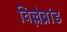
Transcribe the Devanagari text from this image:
विल्लेब्रांड